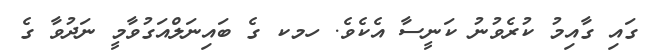
ގައި ގާއިމު ކުރެވުނު ކަނީސާ އެކެވެ. ހމކ ގެ ބައިނަލްއަގުވާމީ ނަދުވާ ގެ